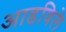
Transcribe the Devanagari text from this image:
आडविले